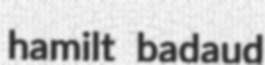
hamilt badaud